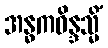
အန္ဓကဝိန္ဒသ္မိံ